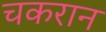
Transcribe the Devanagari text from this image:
चकरान